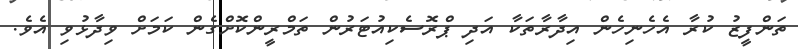
ތަންފީޒު ކުރާ އެހެނިހެން އިދާރާތަކާ އަދި ޕްރޮސެކިއުޓަރުން ތަމްރީންކޮށްގެން ކަމަށް ވިދާޅުވި އެވެ.